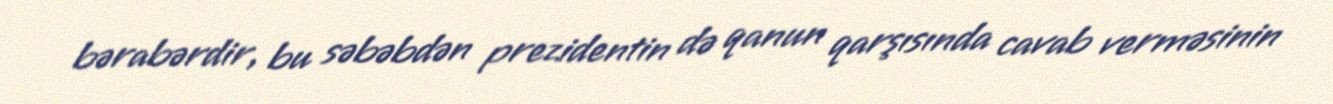
bərabərdir, bu səbəbdən prezidentin də qanun qarşısında cavab verməsinin